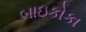
બાઇકોકા